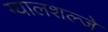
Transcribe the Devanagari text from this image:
ग्यालशल्जे